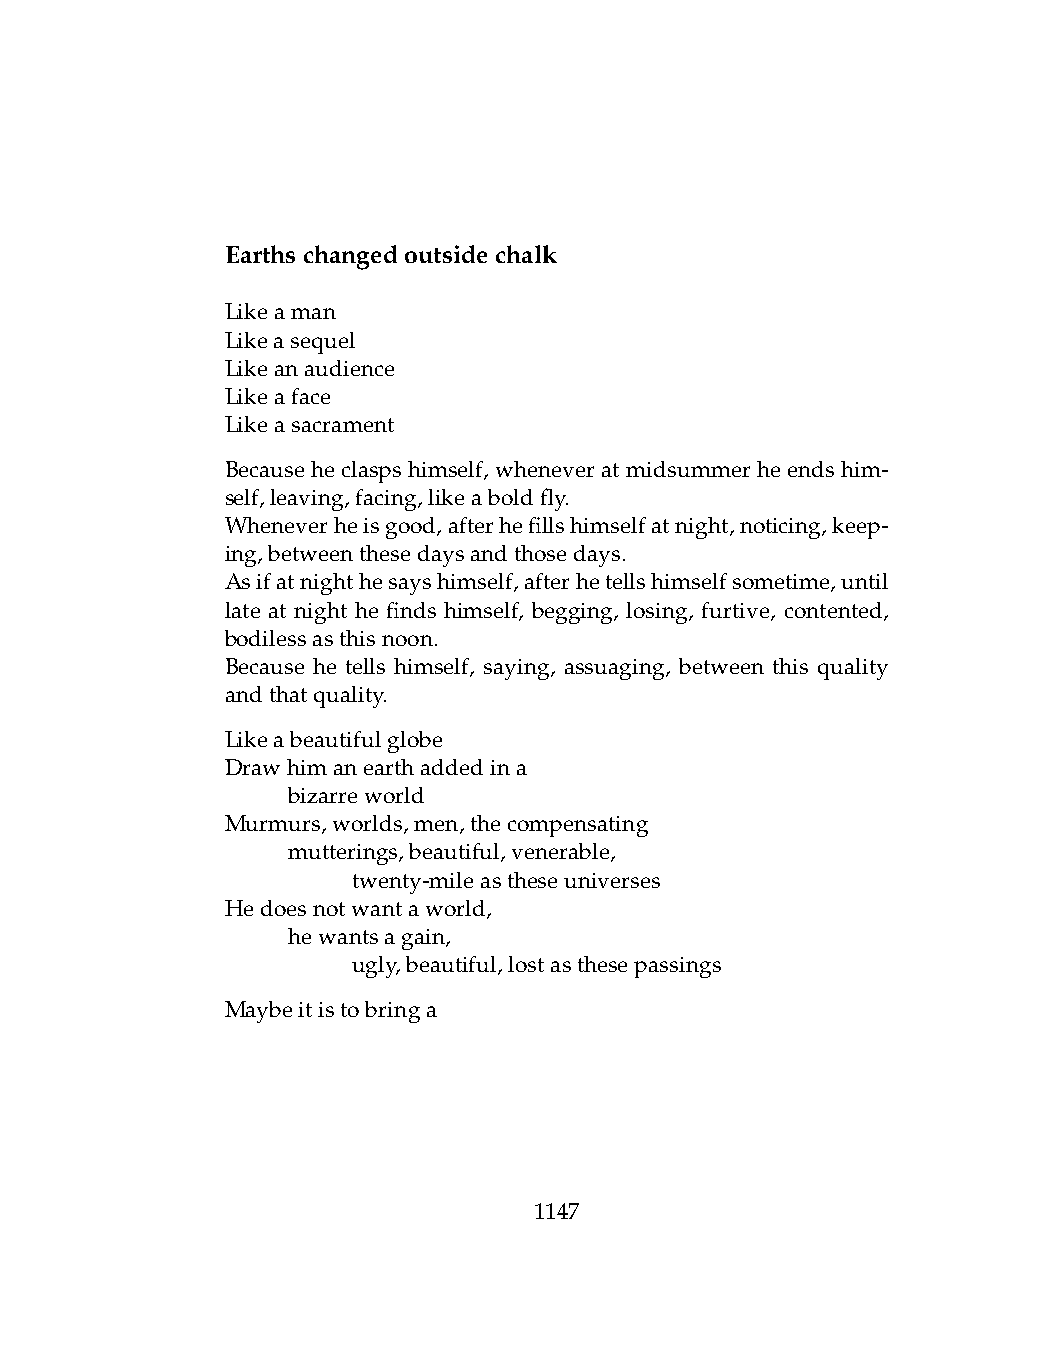
Earthschangedoutsidechalk
 Likeaman
 Likeasequel
 Likeanaudience
 Likeaface
 Likeasacrament
 Because heclasps himself, whenever atmidsummer heends him-
 self,leaving,facing,likeaboldfly.
 Wheneverheisgood,afterhefillshimselfatnight,noticing,keep-
 ing,betweenthesedaysandthosedays.
 Asifatnighthesayshimself,afterhetellshimselfsometime,until
 late at night he finds himself, begging, losing, furtive, contented,
 bodilessasthisnoon.
 Because he tells himself, saying, assuaging, between this quality
 andthatquality.
 Likeabeautifulglobe
 Drawhimanearthaddedina
 .   bizarreworld
 Murmurs,worlds,men,thecompensating
 .   mutterings,beautiful,venerable,
 .   .   twenty-mileastheseuniverses
 Hedoesnotwantaworld,
 .   hewantsagain,
 .   .   ugly,beautiful,lostasthesepassings
 Maybeitistobringa
 1147